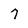
Character: 7